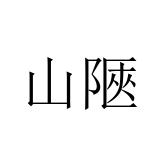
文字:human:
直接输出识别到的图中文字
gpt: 山陿